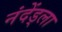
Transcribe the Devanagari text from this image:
नंदेंड्ला